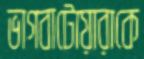
ভাগবাটোয়ারাকে